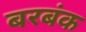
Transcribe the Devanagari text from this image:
बरबंक